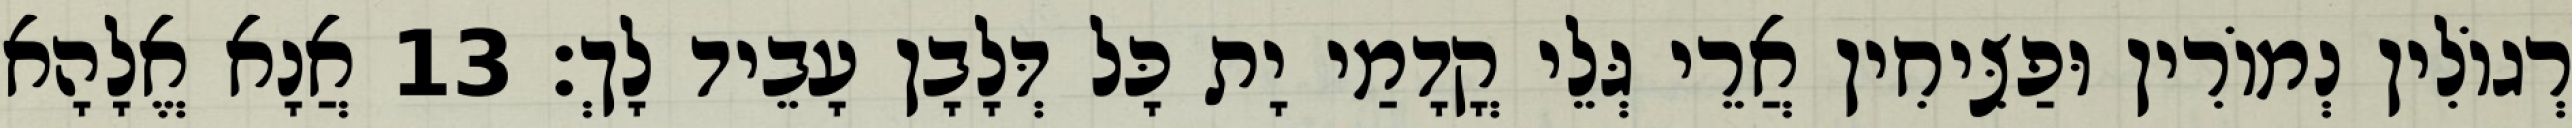
רְגוֹלִין נְמוֹרִין וּפַצִּיחִין אֲרֵי גְּלֵי קֳדָמַי יָת כָּל דְּלָבָן עָבֵיד לָךְ׃ 13 אֲנָא אֱלָהָא